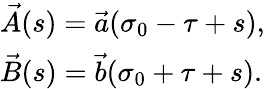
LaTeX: \begin{array}{l}{{\vec{A}(s)=\vec{a}(\sigma_{0}-\tau+s),}}\\ {{\vec{B}(s)=\vec{b}(\sigma_{0}+\tau+s).}}\end{array}